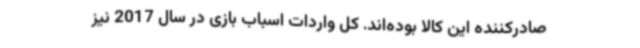
صادرکننده این کالا بوده‌اند. کل واردات اسباب بازی در سال 2017 نیز